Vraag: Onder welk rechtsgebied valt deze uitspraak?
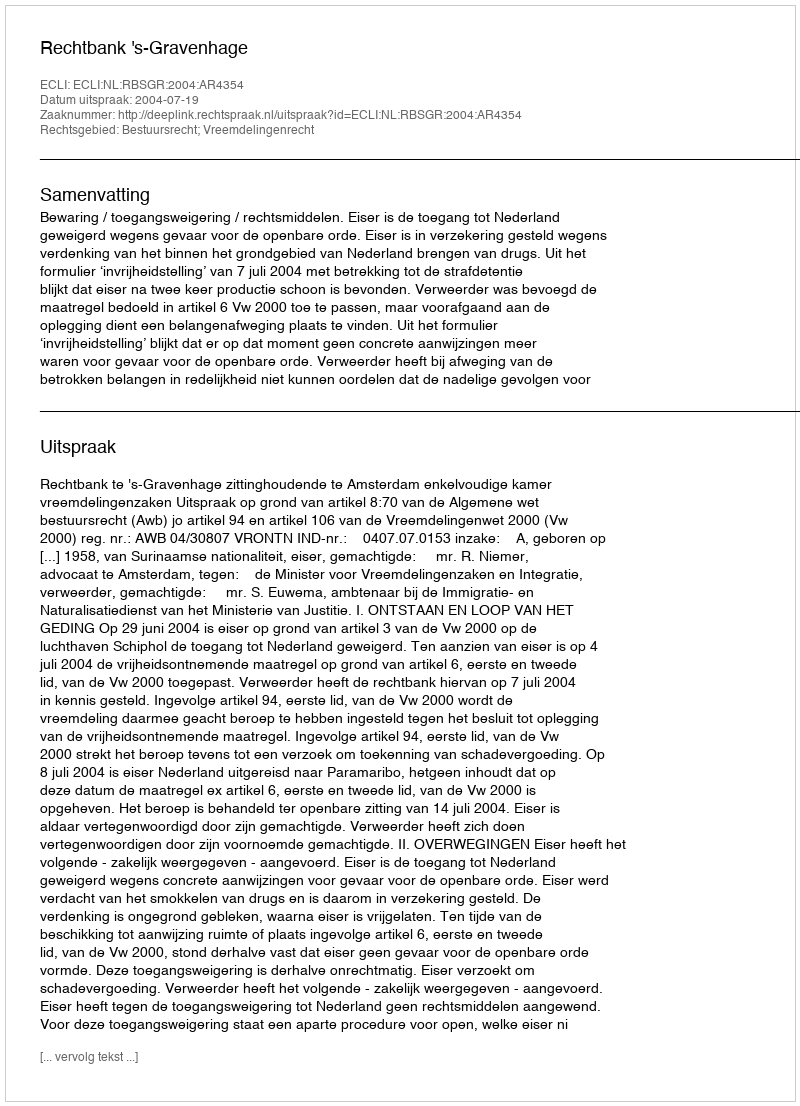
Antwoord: Bestuursrecht; Vreemdelingenrecht